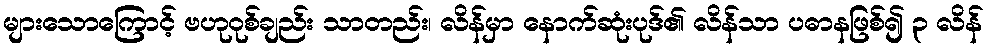
များသောကြောင့် ဗဟုဝုစ်ချည်း သာတည်း၊ လိန်မှာ နောက်ဆုံးပုဒ်၏ လိန်သာ ပဓာနဖြစ်၍ ၃ လိန်